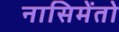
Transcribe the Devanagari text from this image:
नासिमेंतो